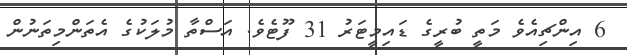
6 އިންޗިއެވެ މަތީ ބުރީގެ ޑައިމީޓަރު 31 ފޫޓެވެ. އަސްތާ މުލަކުގެ އެތަންމިތަނުން